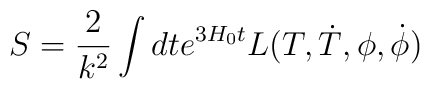
S = \frac{2}{k^{2}}\int{dt e^{3H_{0}t} L(T,\dot{T},{\phi},\dot{\phi})}